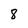
Character: 8